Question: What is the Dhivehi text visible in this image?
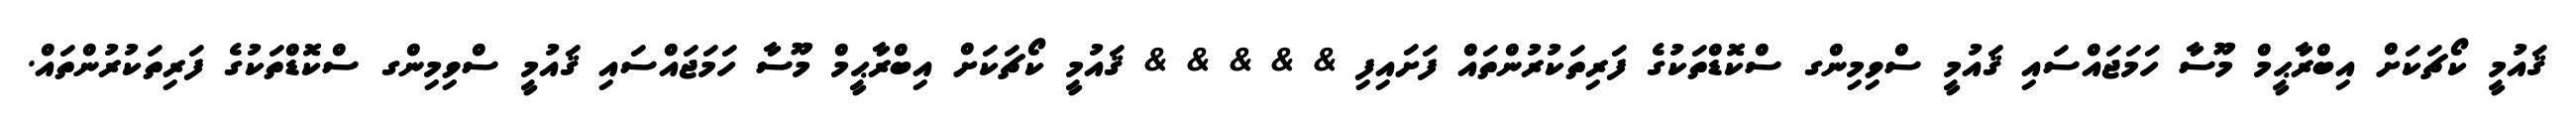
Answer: ޤައުމީ ކޯޗަކަށް އިބްރާޙީމް މޫސާ ހަމަޖައްސައި ޤައުމީ ސްވިމިންގ ސްކޮޑްތަކުގެ ފަރިތަކުރުންތައް ފަށައިފި & & & & & ޤައުމީ ކޯޗަކަށް އިބްރާޙީމް މޫސާ ހަމަޖައްސައި ޤައުމީ ސްވިމިންގ ސްކޮޑްތަކުގެ ފަރިތަކުރުންތައް.